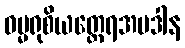
ဓမ္မရုစိယတ္ထေရအပဒါန